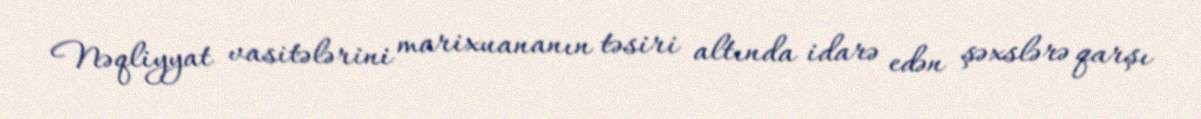
Nəqliyyat vasitələrini marixuananın təsiri altında idarə edən şəxslərə qarşı